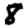
Digit: 8